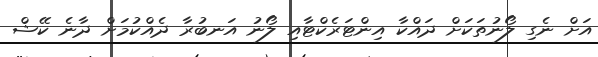
އަށް ނެގި ލޯނުތަކަށް ދައްކާ އިންޓަރެކްޓާއި ލޯނު އަނބުރާ ދެއްކުމަށް ދާނެ ކޭޝް